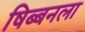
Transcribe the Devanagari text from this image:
षिब्बनला